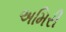
અમિરી